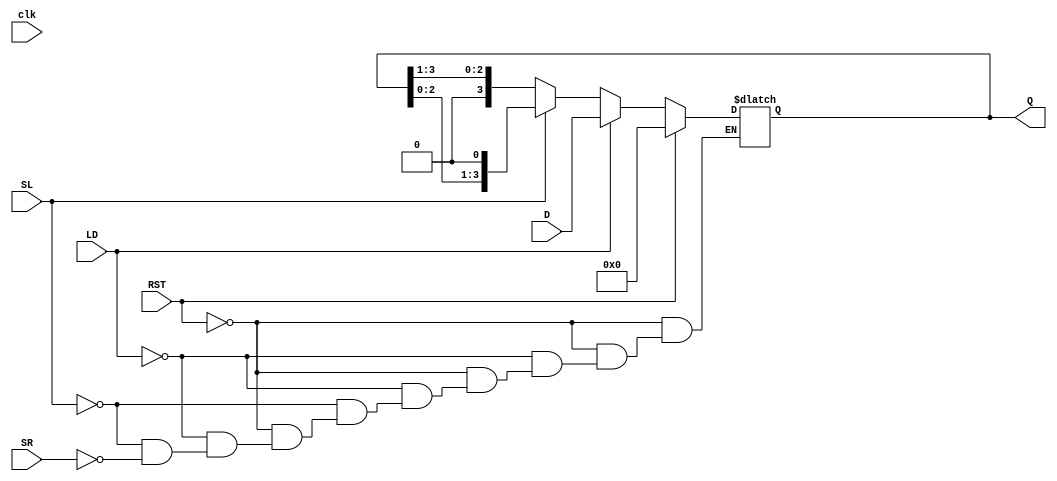
module async_shift_counter (
    input wire clk,          // Clock input (not used for asynchronous operation)
    input wire RST,         // Reset signal
    input wire LD,          // Load signal
    input wire [3:0] D,     // Data input for loading
    input wire SL,          // Shift Left signal
    input wire SR,          // Shift Right signal
    output reg [3:0] Q      // Current count output
);

    always @(*) begin
        if (RST) begin
            // Reset the counter to 0
            Q = 4'b0000;
        end else if (LD) begin
            // Load the preset value into the counter
            Q = D;
        end else if (SL) begin
            // Shift left operation
            Q = {Q[2:0], 1'b0}; // Shift left and fill LSB with 0
        end else if (SR) begin
            // Shift right operation
            Q = {1'b0, Q[3:1]}; // Shift right and fill MSB with 0
        end
    end

endmodule